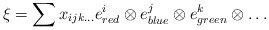
\begin{align*}\xi=\sum x_{ijk\dots} e_{red}^{i}\otimes e_{blue}^j\otimes e^k_{green}\otimes \dots\end{align*}